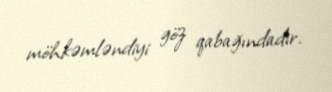
möhkəmləndiyi göz qabağındadır.